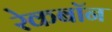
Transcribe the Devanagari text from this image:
रेकबॉन